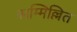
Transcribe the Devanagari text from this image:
सम्मिल्लित